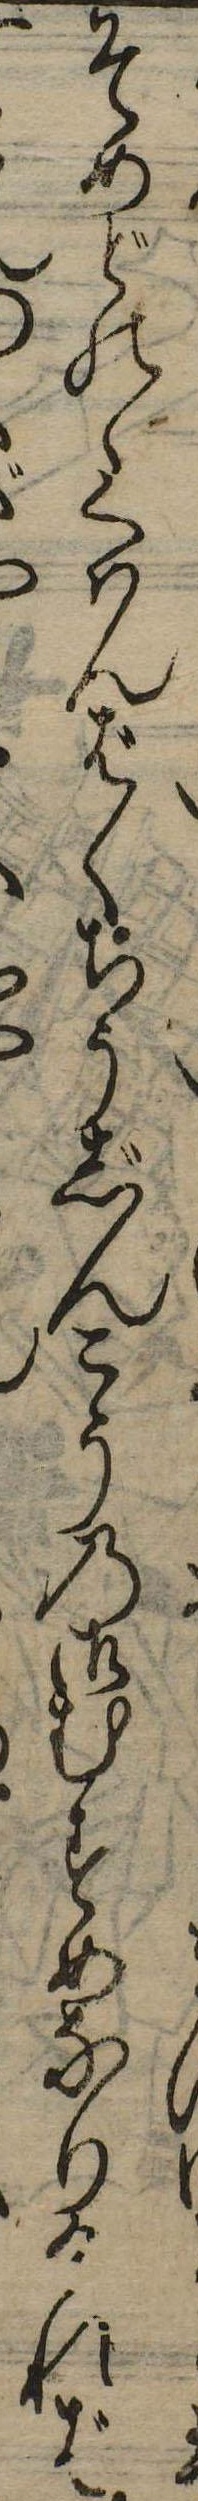
そめどのゝくはんばくちうじんこうの御むすめなりければ